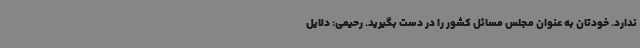
ندارد. خودتان به عنوان مجلس مسائل کشور را در دست بگیرید. رحیمی: دلایل